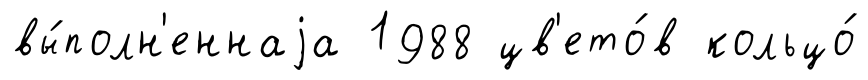
вы́полн'еннаjа 1988 цв'ето́в кольцо́